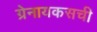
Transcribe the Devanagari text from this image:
ग्रेनायकसची